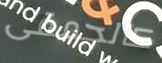
كالحمقى